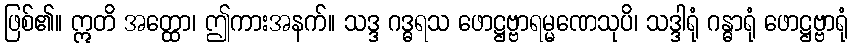
ဖြစ်၏။ ဣတိ အတ္ထော၊ ဤကားအနက်။ သဒ္ဒ ဂဒ္ဓရသ ဖောဋ္ဌဗ္ဗာရမ္မဏေသုပိ၊ သဒ္ဒါရုံ ဂန္ဓာရုံ ဖောဋ္ဌဗ္ဗာရုံ